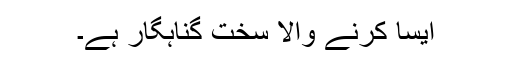
ایسا کرنے والا سخت گناہگار ہے۔